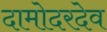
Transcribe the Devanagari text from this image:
दामोदरदेव